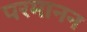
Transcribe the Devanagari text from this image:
परमानन